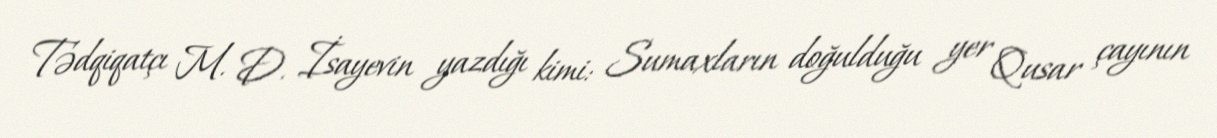
Tədqiqatçı M. D. İsayevin yazdığı kimi: Sumaxların doğulduğu yer Qusar çayının